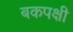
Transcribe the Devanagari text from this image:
बकपक्षी